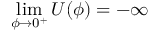
\operatorname* { l i m } _ { \phi \to 0 ^ { + } } U ( \phi ) = - \infty